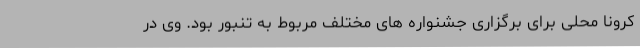
کرونا محلی برای برگزاری جشنواره های مختلف مربوط به تنبور بود. وی در